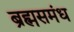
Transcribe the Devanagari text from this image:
ब्रह्मसमंध